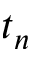
t _ { n }